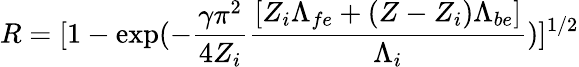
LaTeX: R=[1-\mathrm{exp}(-\frac{\gamma\pi^{2}}{4Z_{i}}\frac{[Z_{i}\Lambda_{fe}+(Z-Z_{i})\Lambda_{be}]}{\Lambda_{i}})]^{1/2}